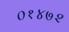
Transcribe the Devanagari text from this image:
०१४७२